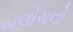
બલોચનો